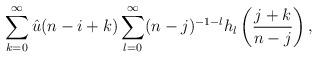
LaTeX: \begin{align*}\sum_{k=0}^{\infty} \hat{u}(n-i+k)\sum_{l=0}^{\infty}(n-j)^{-1-l}h_{l}\left( \frac{j+k}{n-j} \right) ,\end{align*}